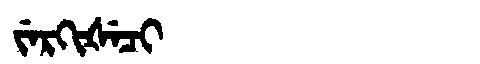
Manchu: ᠵᡝᡵᡴᡳᡧᡝᠴᡳ
Romanization: JERKIŠECI